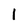
Character: l